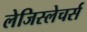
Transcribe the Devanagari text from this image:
लेजिस्लेचर्स